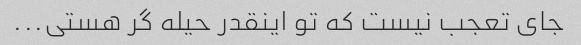
جای تعجب نیست که تو اینقدر حیله گر هستی...